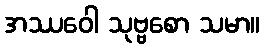
အဿဝေါ သုဗ္ဗစော သမာ။